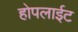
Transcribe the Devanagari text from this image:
होपलाईट